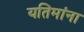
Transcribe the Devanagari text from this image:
यतिमांना